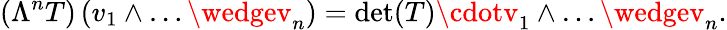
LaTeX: \left(\Lambda^{n}T\right)\left(v_{1}\wedge\dots\wedgev_{n}\right)=\operatorname*{d\mathrm{e}t}(T)\cdotv_{1}\wedge\dots\wedgev_{n}.